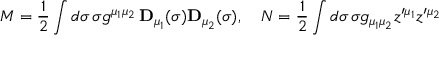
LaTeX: M = { \frac 1 2 } \int d \sigma \, \sigma g ^ { \mu _ { 1 } \mu _ { 2 } } \, { \bf D } _ { \mu _ { 1 } } ( \sigma ) { \bf D } _ { \mu _ { 2 } } ( \sigma ) , \quad N = { \frac 1 2 } \int d \sigma \, \sigma g _ { \mu _ { 1 } \mu _ { 2 } } z ^ { \prime \mu _ { 1 } } z ^ { \prime \mu _ { 2 } }